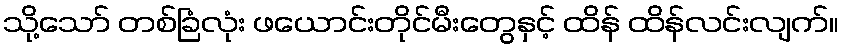
သို့သော် တစ်ခြံလုံး ဖယောင်းတိုင်မီးတွေနှင့် ထိန် ထိန်လင်းလျက်။